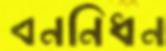
বননিধন